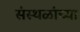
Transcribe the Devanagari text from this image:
संस्थळांच्या